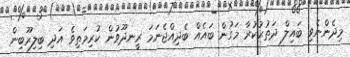
މިދެންނެވި ބައިލް ދަތުރުކުރާ މަގުން ބައެއް ބެދިއްޖެނަމަ ރީނދޫވުން ކުރިމަތިވެ އަދި ބިލިރޫބިން